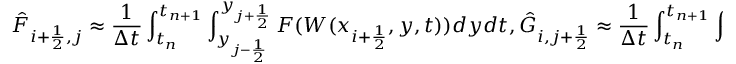
\Hat F _ { i + \frac { 1 } { 2 } , j } \approx \frac { 1 } { \Delta t } \int _ { t _ { n } } ^ { t _ { n + 1 } } \int _ { y _ { j - \frac { 1 } { 2 } } } ^ { y _ { j + \frac { 1 } { 2 } } } F ( W ( x _ { i + \frac { 1 } { 2 } } , y , t ) ) d y d t , \Hat G _ { i , j + \frac { 1 } { 2 } } \approx \frac { 1 } { \Delta t } \int _ { t _ { n } } ^ { t _ { n + 1 } } \int _ { x _ { i - \frac { 1 } { 2 } } } ^ { x _ { i + \frac { 1 } { 2 } } } G ( W ( x , y _ { j + \frac { 1 } { 2 } } , t ) ) d x d t